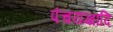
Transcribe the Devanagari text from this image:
पंचयज्ञादि